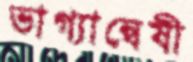
ভাগ্যান্বেষী